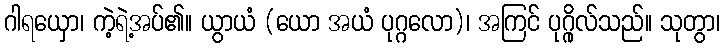
ဂါရယှော၊ ကဲ့ရဲ့အပ်၏။ ယွာယံ (ယော အယံ ပုဂ္ဂလော)၊ အကြင် ပုဂ္ဂိုလ်သည်။ သုတွာ၊